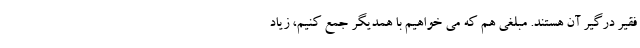
فقیر درگیر آن هستند. مبلغی هم که می خواهیم با همدیگر جمع کنیم، زیاد